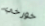
خورخي